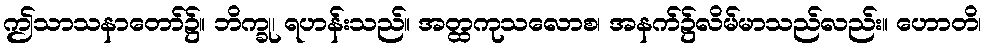
ဤသာသနာတော်၌။ ဘိက္ခု၊ ရဟန်းသည်။ အတ္ထကုသလောစ၊ အနက်၌လိမ်မာသည်လည်း။ ဟောတိ၊